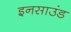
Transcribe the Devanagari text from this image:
इनसाउंड